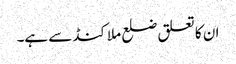
ان کا تعلق ضلع ملاکنڈ سے ہے۔